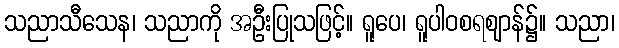
သညာသီသေန၊ သညာကို အဦးပြုသဖြင့်။ ရူပေ၊ ရူပါဝစရဈာန်၌။ သညာ၊